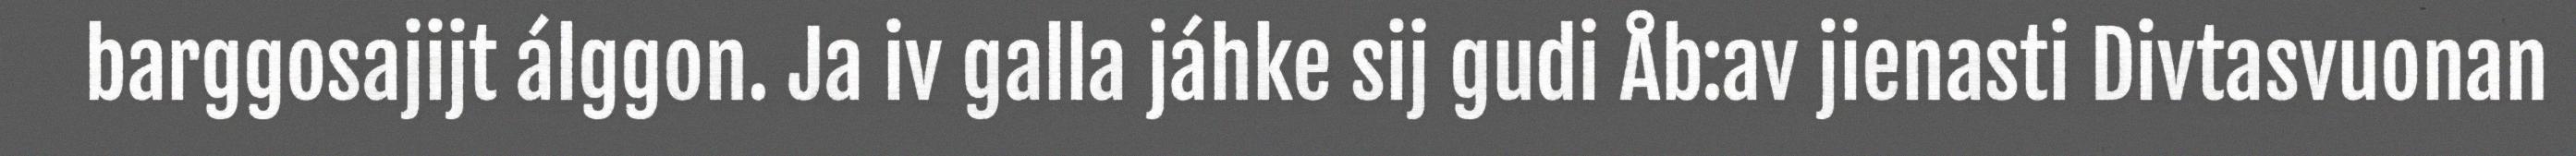
barggosajijt álggon. Ja iv galla jáhke sij gudi Åb:av jienasti Divtasvuonan